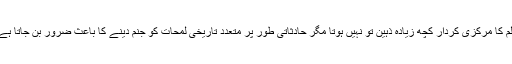
فلم کا مرکزی کردار کچھ زیادہ ذہین تو نہیں ہوتا مگر حادثاتی طور پر متعدد تاریخی لمحات کو جنم دینے کا باعث ضرور بن جاتا ہے۔